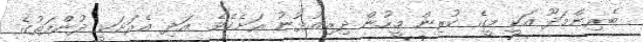
ބެރިންމަދޫ އަކީ މީގެ ކުރިން މީހުން ދިރިއުޅުނު ރަށެކެވެ. އަދި އެރަށަކީ ދުންފަތުގެ